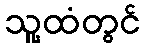
သူ့ထံတွင်